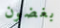
بغضون